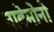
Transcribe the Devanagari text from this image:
नाबेमोनो